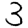
Digit: 3